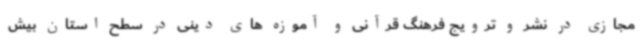
مجازی در نشر و ترویج فرهنگ قرآنی و آموزه های دینی در سطح استان بیش